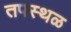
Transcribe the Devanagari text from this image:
तपस्थळ